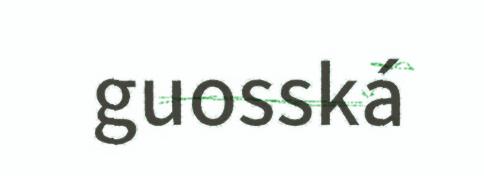
guosská